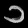
Digit: ၁